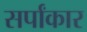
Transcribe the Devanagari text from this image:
सर्पांकार